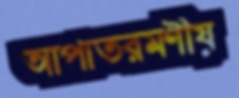
আপাতরমণীয়